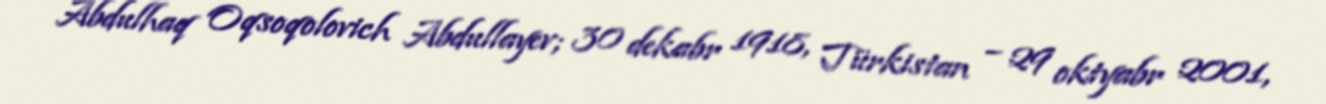
Abdulhaq Oqsoqolovich Abdullayev; 30 dekabr 1918, Türkistan – 29 oktyabr 2001,